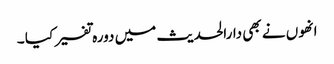
انھوں نے بھی دارالحدیث میں دورہ تفسیر کیا ۔